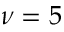
\nu = 5